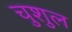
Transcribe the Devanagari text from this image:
चुशुल